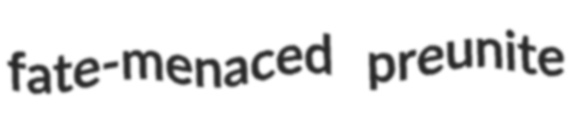
fate-menaced preunite